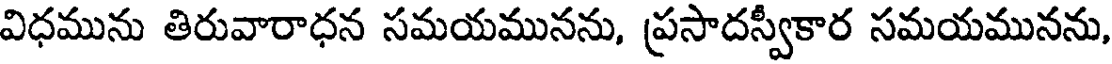
విధమును తిరువారాధన సమయమునను, ప్రసాదస్వీకార సమయమునను,